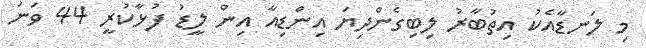
މި ލަނޑާއެކު އިތުބާރު ލިބިގެންދިޔަ އިންޑިއާ އިން ލީޑު ފުޅާކުރީ 44 ވަނަ